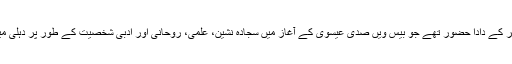
پیرزادہ حافظ انور دہلوی، شاعر علی شاعرؔ کے دادا حضور تھے جو بیس ویں صدی عیسوی کے آغاز میں سجادہ نشین، علمی، روحانی اور ادبی شخصیت کے طور پر دہلی میں جانے، پہچانے اور مانے جاتے تھے۔